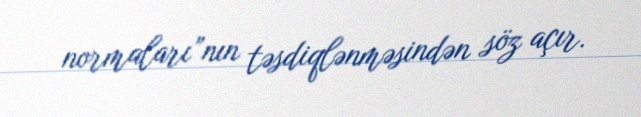
normaları”nın təsdiqlənməsindən söz açır.